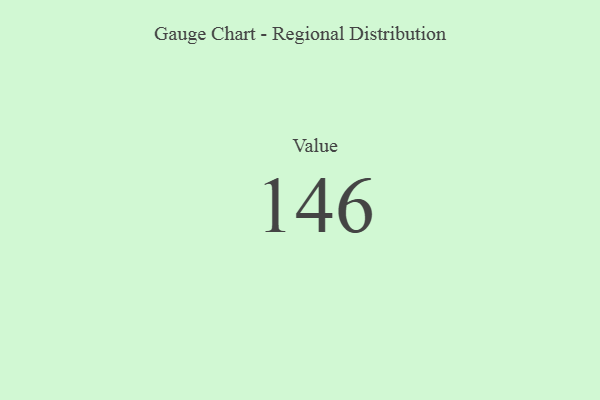
{"axis": {"x": "Metric", "y": "Value"}, "legend": [""], "data": [{"x": "Value", "y": 146, "type": ""}]}